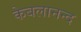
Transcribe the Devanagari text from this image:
केबलानन्द